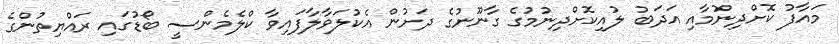
މައާފު ކޮށްދިނުމާއި އަދަބު ލުއިކޮށްދިނުމުގެ ގާނޫނުގެ ދަށުން އެކުލަވާލާފައިވާ ކްލެމެންސީ ބޯޑުގައި ރައްޔިތުންގެ